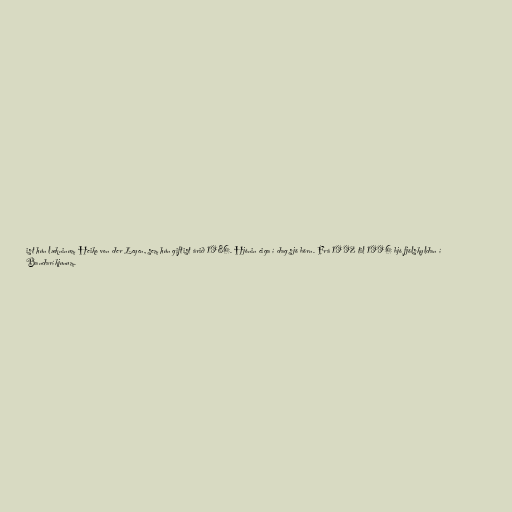
ist hún lækninum Heiko von der Leyen, sem hún giftist árið 1986. Hjónin eiga í dag sjö börn. Frá 1992 til 1996 bjó fjölskyldan í
Bandaríkjunum.